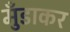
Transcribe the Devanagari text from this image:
मुँडाकर